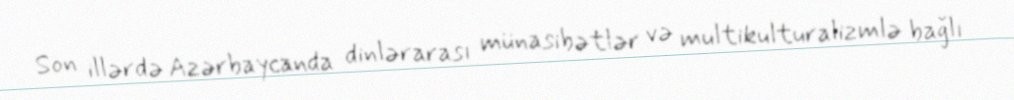
Son illərdə Azərbaycanda dinlərarası münasibətlər və multikulturalizmlə bağlı